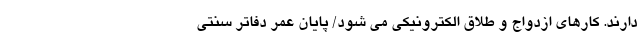
دارند. کارهای ازدواج و طلاق الکترونیکی می شود/ پایان عمر دفاتر سنتی